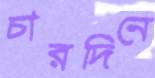
চারদিনে